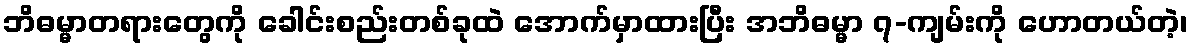
ဘိဓမ္မာတရားတွေကို ခေါင်းစည်းတစ်ခုထဲ အောက်မှာထားပြီး အဘိဓမ္မာ ၇-ကျမ်းကို ဟောတယ်တဲ့၊